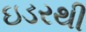
ઇડરથી